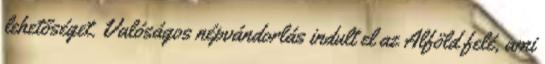
lehetőséget. Valóságos népvándorlás indult el az Alföld felé, ami